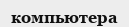
компьютера